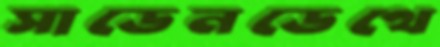
সাডেনডেথে